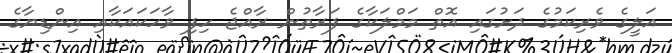
އަލީގެ ވެރިކަމުގެ ދަށުގައި އޮތް މަމްލަކާގެ ފަރާތުން ރާއްޖެ ހިފި ވާހަކައަކާއި އިންޑިޔާގެ